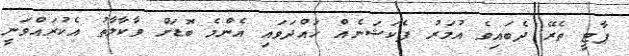
ޕާޓީ ތެރޭ ދެބައިވެ އުމަރު ފެކަޝަނެއް ހައްދަވައި އެންމެ ބޮޑަށް ވާކާލާތު އެކުރައްވަނީ